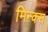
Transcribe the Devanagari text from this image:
मिन्क्स